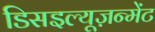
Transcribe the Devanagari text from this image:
डिसइल्यूज़न्मेंट